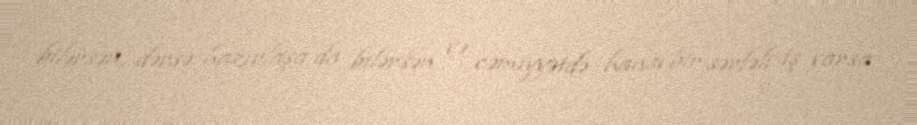
bilərsən, dərsə hazırlaşa da bilərsən və cəmiyyətdə hansı bir sərfəli iş varsa,